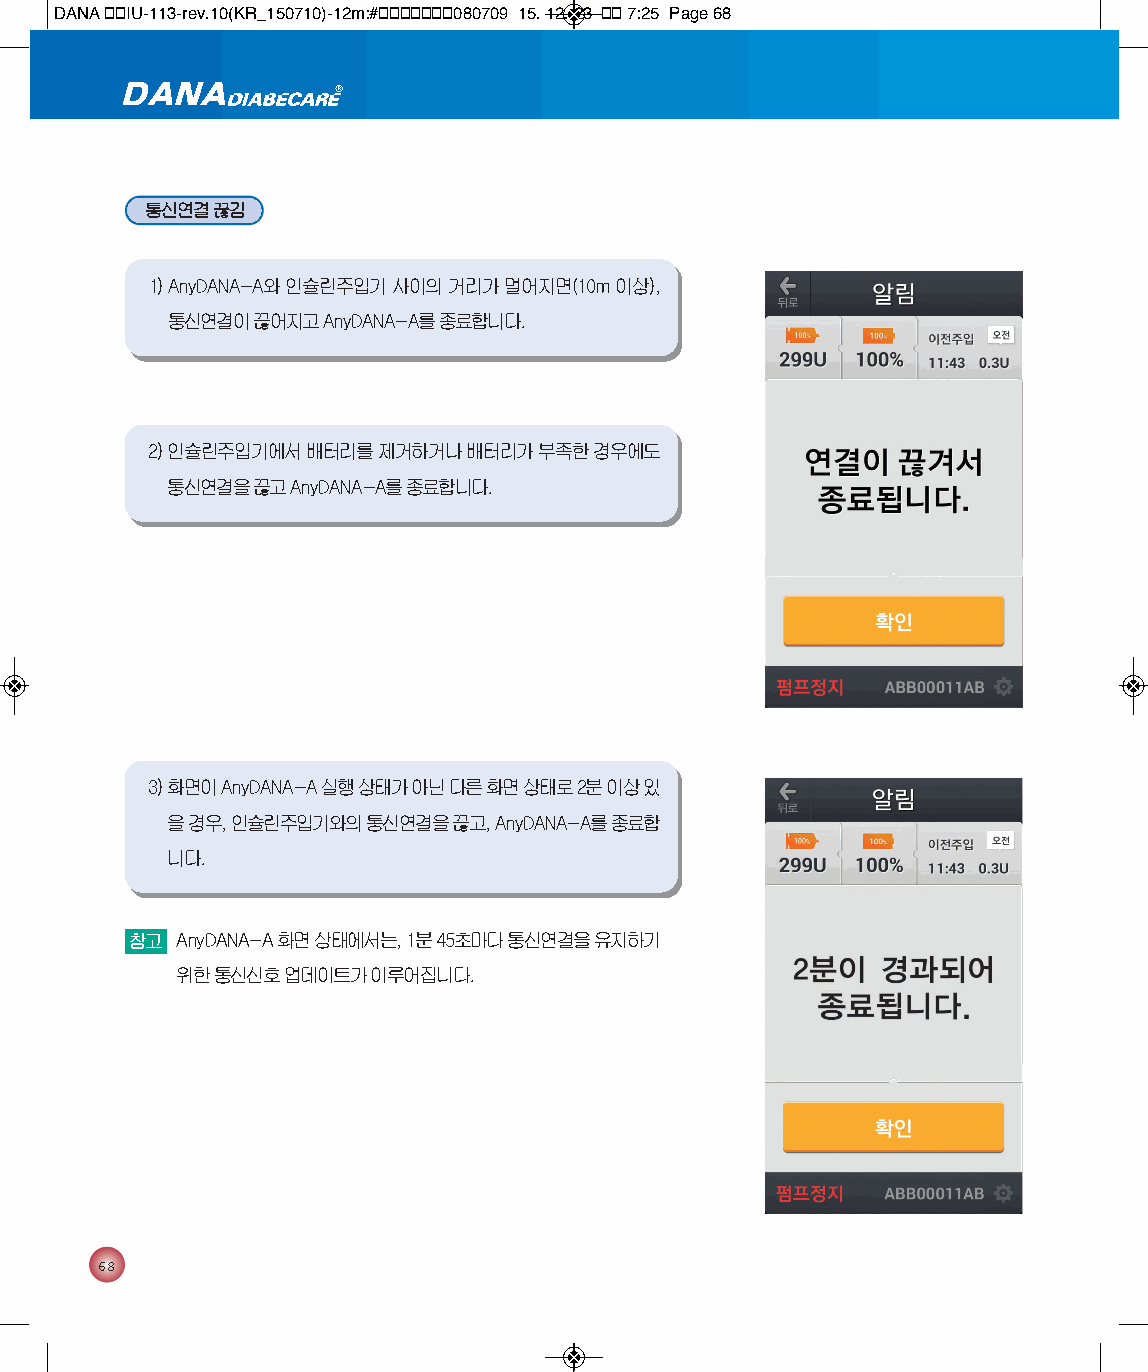
DANA 통통IU-113-rev.10(KR_150710)-12m:#통통통통통통통080709 15. 12. 23 통통 7:25 Page 68
 통신연결 끊김
 1) AnyDANA-A와 인슐린주입기 사이의 거리가 멀어지면(10m 이상),
 통신연결이 끊어지고 AnyDANA-A를 종료합니다.
 2) 인슐린주입기에서 배터리를 제거하거나 배터리가 부족한 경우에도
 통신연결을 끊고 AnyDANA-A를 종료합니다.
 3) 화면이 AnyDANA-A 실행 상태가 아닌 다른 화면 상태로 2분 이상 있
 을 경우, 인슐린주입기와의 통신연결을 끊고, AnyDANA-A를 종료합
 니다.
 참고 AnyDANA-A화면 상태에서는, 1분 45초마다 통신연결을 유지하기
 위한 통신신호 업데이트가 이루어집니다.
 68